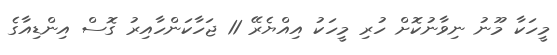
މީހަކާ މޫނު ނިވާނުކޮށް ހުރި މީހަކު އިއްޔެރޭ 11 ޖަހާކަންހާއިރު ގޮސް އިންޑިއާގެ